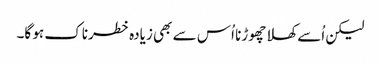
لیکن اُسے کھلا چھوڑنا اُس سے بھی زیادہ خطرناک ہو گا۔